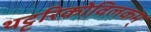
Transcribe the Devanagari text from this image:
थट्टरिकोविलकम्